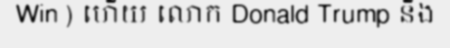
Win ) ហើយ លោក Donald Trump នឹង